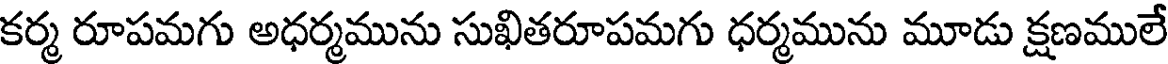
కర్మ రూపమగు అధర్మమును సుఖితరూపమగు ధర్మమును మూడు క్షణములే